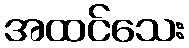
အထင်သေး